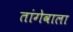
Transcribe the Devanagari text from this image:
तांगेवाला